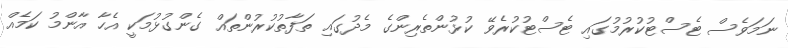
ނަމަވެސް ޓެސްޓުކުރުމުގައި ޓެސްޓުކުރެވޭ ކުޅުންތެރިންގެ މެދުގައި ތަފާތުކުރުންތައް ގެންގުޅުމަކީ އެހާ އާންމު ކަމެއް